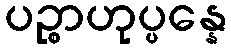
ပဉ္စာဟုပ္ပန္နေ